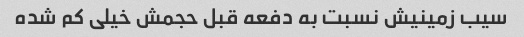
سیب زمینیش نسبت به دفعه قبل حجمش خیلی کم شده